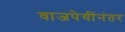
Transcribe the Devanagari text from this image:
वाजपेयींनंतर